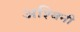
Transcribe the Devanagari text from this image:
अश्‍विनी